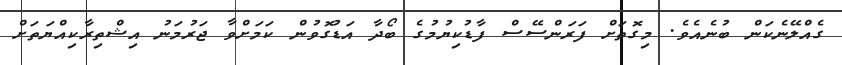
ގެއްލޭނެކަން ބުނެއެވެ. މިގޮތަށް ފަރަންސޭސް ފާޑުކިޔުމުގެ ބޯދާ އަޑުގޮވުން ކަމަށްވާ ޖަރުމަނު އިޝްތިރާކިއްޔަތަށް